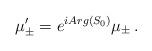
LaTeX: \begin{align*}\mu_{\pm}^{\prime} = e^{iArg(S_{0})}\mu_{\pm}\, .\end{align*}